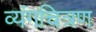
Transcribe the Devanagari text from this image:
व्यंगचित्रण